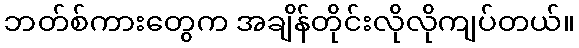
ဘတ်စ်ကားတွေက အချိန်တိုင်းလိုလိုကျပ်တယ်။